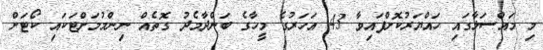
މި މައްސަލާގައި ހައްޔަރުކޮށްފައިވާ 43 އަހަރުގެ މީހާގެ ބަންދާމެދު ގޮތެއް ނިންމުމަށްޓަކައި ކޯޓަށް